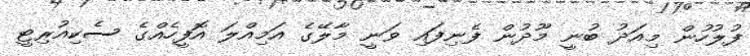
ފުލުހުން މިއަދު ބުނީ މޫދުން ފެނިފައި ވަނީ މާލޭގެ އަމިއްލަ އޮފީހެއްގެ ސެކިއުރިޓީ